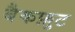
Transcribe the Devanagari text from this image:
बैकफ़ुट